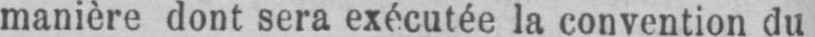
manière dont sera exécutée la convention du